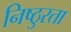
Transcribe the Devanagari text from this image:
निष्‍ठुरता